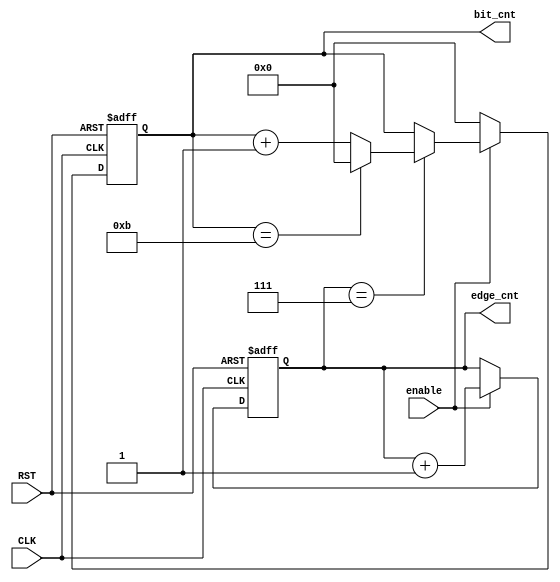
module edge_bit_counter(
	input  wire            CLK,
	input  wire            RST,
	input  wire            enable,
	output reg     [3:0]   bit_cnt,
	output reg     [2:0]   edge_cnt
);

always@(posedge CLK,negedge RST)
begin
    if(!RST)
        begin
           bit_cnt  <= 4'b0000; 
           edge_cnt <= 3'b000;
       end
   else if(enable)
       begin
            edge_cnt <= edge_cnt+3'b001;
            if(edge_cnt == 3'b111)
                begin
                    bit_cnt  <= bit_cnt+4'b0001;
                    if(bit_cnt == 4'd11)
                        begin
                            bit_cnt <= 4'b0000;
                        end
                end
        end
    else
        begin
            bit_cnt <= 4'b0000;
        end
    
end

endmodule